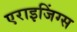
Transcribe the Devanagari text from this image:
एराइजिंग्स